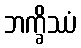
ဘက္ခိဿံ